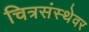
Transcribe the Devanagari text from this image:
चित्रसंस्थेवर